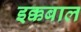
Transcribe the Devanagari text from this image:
इक्कबाल